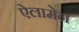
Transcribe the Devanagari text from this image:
ऐलामेन